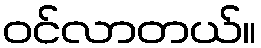
ဝင်လာတယ်။